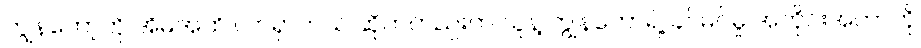
ကျွန်တော့်ကို အိမ်အထိ လာရှာတယ် ဆိုကတည်းက သူနဲ့ ကျွန်တော်ရဲ့ ခင်မင်မှု အတိုင်းအတာကို